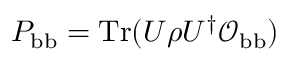
P _ { \mathrm { b b } } = \mathrm { T r } ( U \rho U ^ { \dagger } \mathcal { O } _ { \mathrm { b b } } )